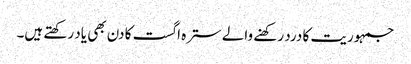
جمہوریت کا درد رکھنے والے سترہ اگست کا دن بھی یاد رکھتے ہیں۔